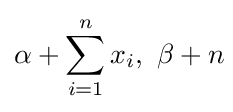
\alpha +\sum _{i=1}^{n}x_{i},\ \beta +n\!